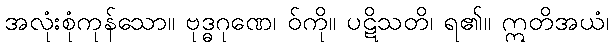
အလုံးစုံကုန်သော။ ဗုဒ္ဓဂုဏေ၊ ဝ်ကို။ ပဋိသတိ၊ ရ၏။ ဣတိအယံ၊